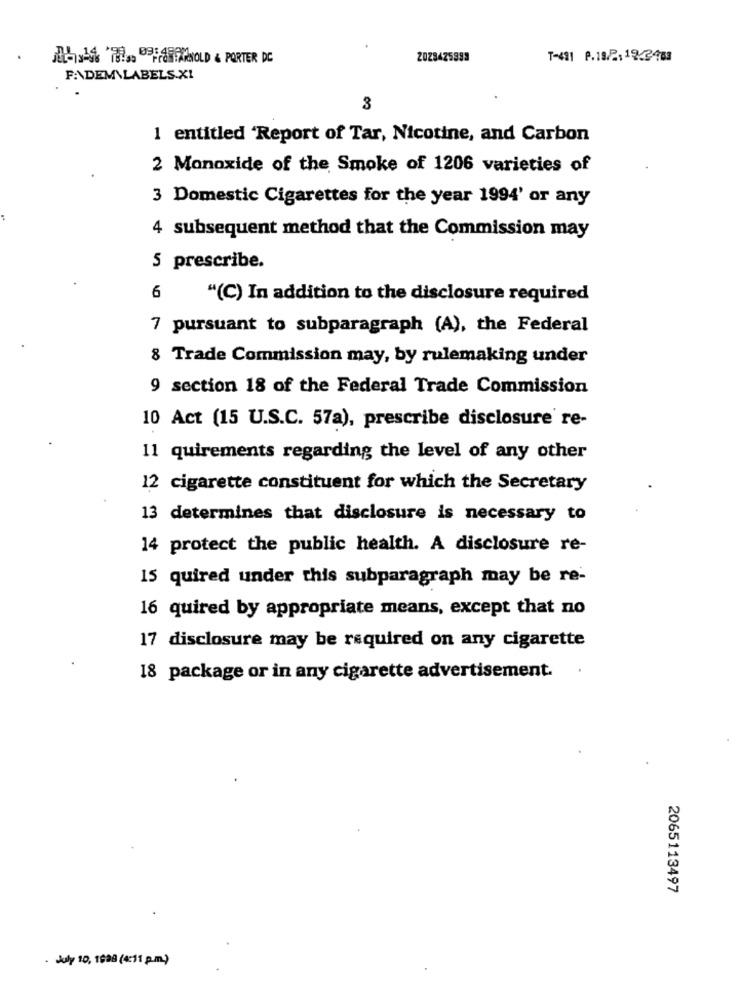
北北限! BEFWASOLD & PORTER DC
2028425893
T-491 P.18/2:19/2463
FADEM\LABELS.XI
3
1 entitled 'Report of Tar, Nicotine, and Carbon
2 Monoxide of the Smoke of 1206 varieties of
3 Domestic Cigarettes for the year 1994' or any
4 subsequent method that the Commission may
S prescribe.
6
"(C) In addition to the disclosure required
7 pursuant to subparagraph (A), the Federal
8 Trade Commission may, by rulemaking under
9 section 18 of the Federal Trade Commission
10 Act (15 U.S.C. 57a), prescribe disclosure re-
11 quirements regarding the level of any other
12 cigarette constituent for which the Secretary
13 determines that disclosure is necessary to
14 protect the public health. A disclosure re-
15 quired under this subparagraph may be re-
16 quired by appropriate means, except that no
17 disclosure may be required on any cigarette
.
18 package or in any cigarette advertisement.
2065113497
July 10, 1998 (4:11 p.m.)